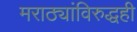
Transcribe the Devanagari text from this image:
मराठ्यांविरुद्धही